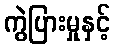
ကွဲပြားမှုနှင့်